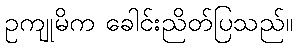
ဥကျုမိက ခေါင်းညိတ်ပြသည်။